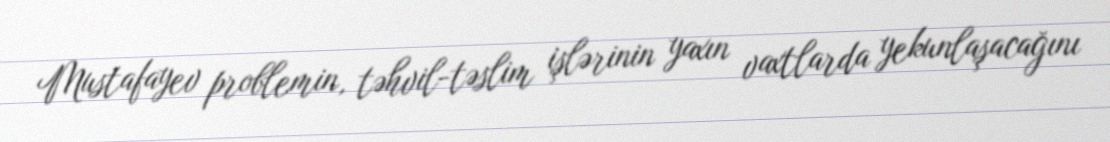
Mustafayev problemin, təhvil-təslim işlərinin yaxın vaxtlarda yekunlaşacağını